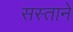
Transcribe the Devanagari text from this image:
सस्ताने